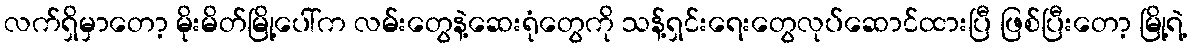
လက်ရှိမှာတော့ မိုးမိတ်မြို့ပေါ်က လမ်းတွေနဲ့ဆေးရုံတွေကို သန့်ရှင်းရေးတွေလုပ်ဆောင်ထားပြီ ဖြစ်ပြီးတော့ မြို့ရဲ့